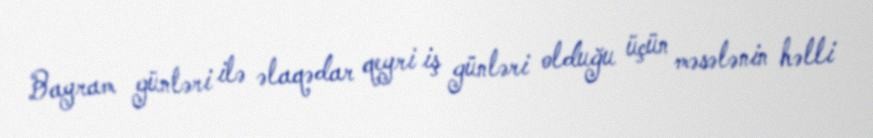
Bayram günləri ilə əlaqədar qeyri iş günləri olduğu üçün məsələnin həlli